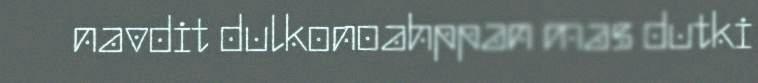
navdit dulkonoahppan mas dutki